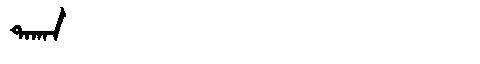
Manchu: ᡨᠠᡴᠠᠨ
Romanization: TAKAN